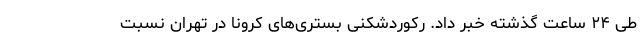
طی ۲۴ ساعت گذشته خبر داد. رکوردشکنی بستری‌های کرونا در تهران نسبت